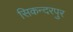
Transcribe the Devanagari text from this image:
सिकन्‍दरपुर